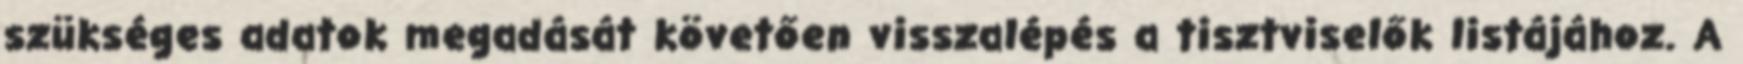
szükséges adatok megadását követően visszalépés a tisztviselők listájához. A